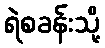
ရဲစခန်းသို့